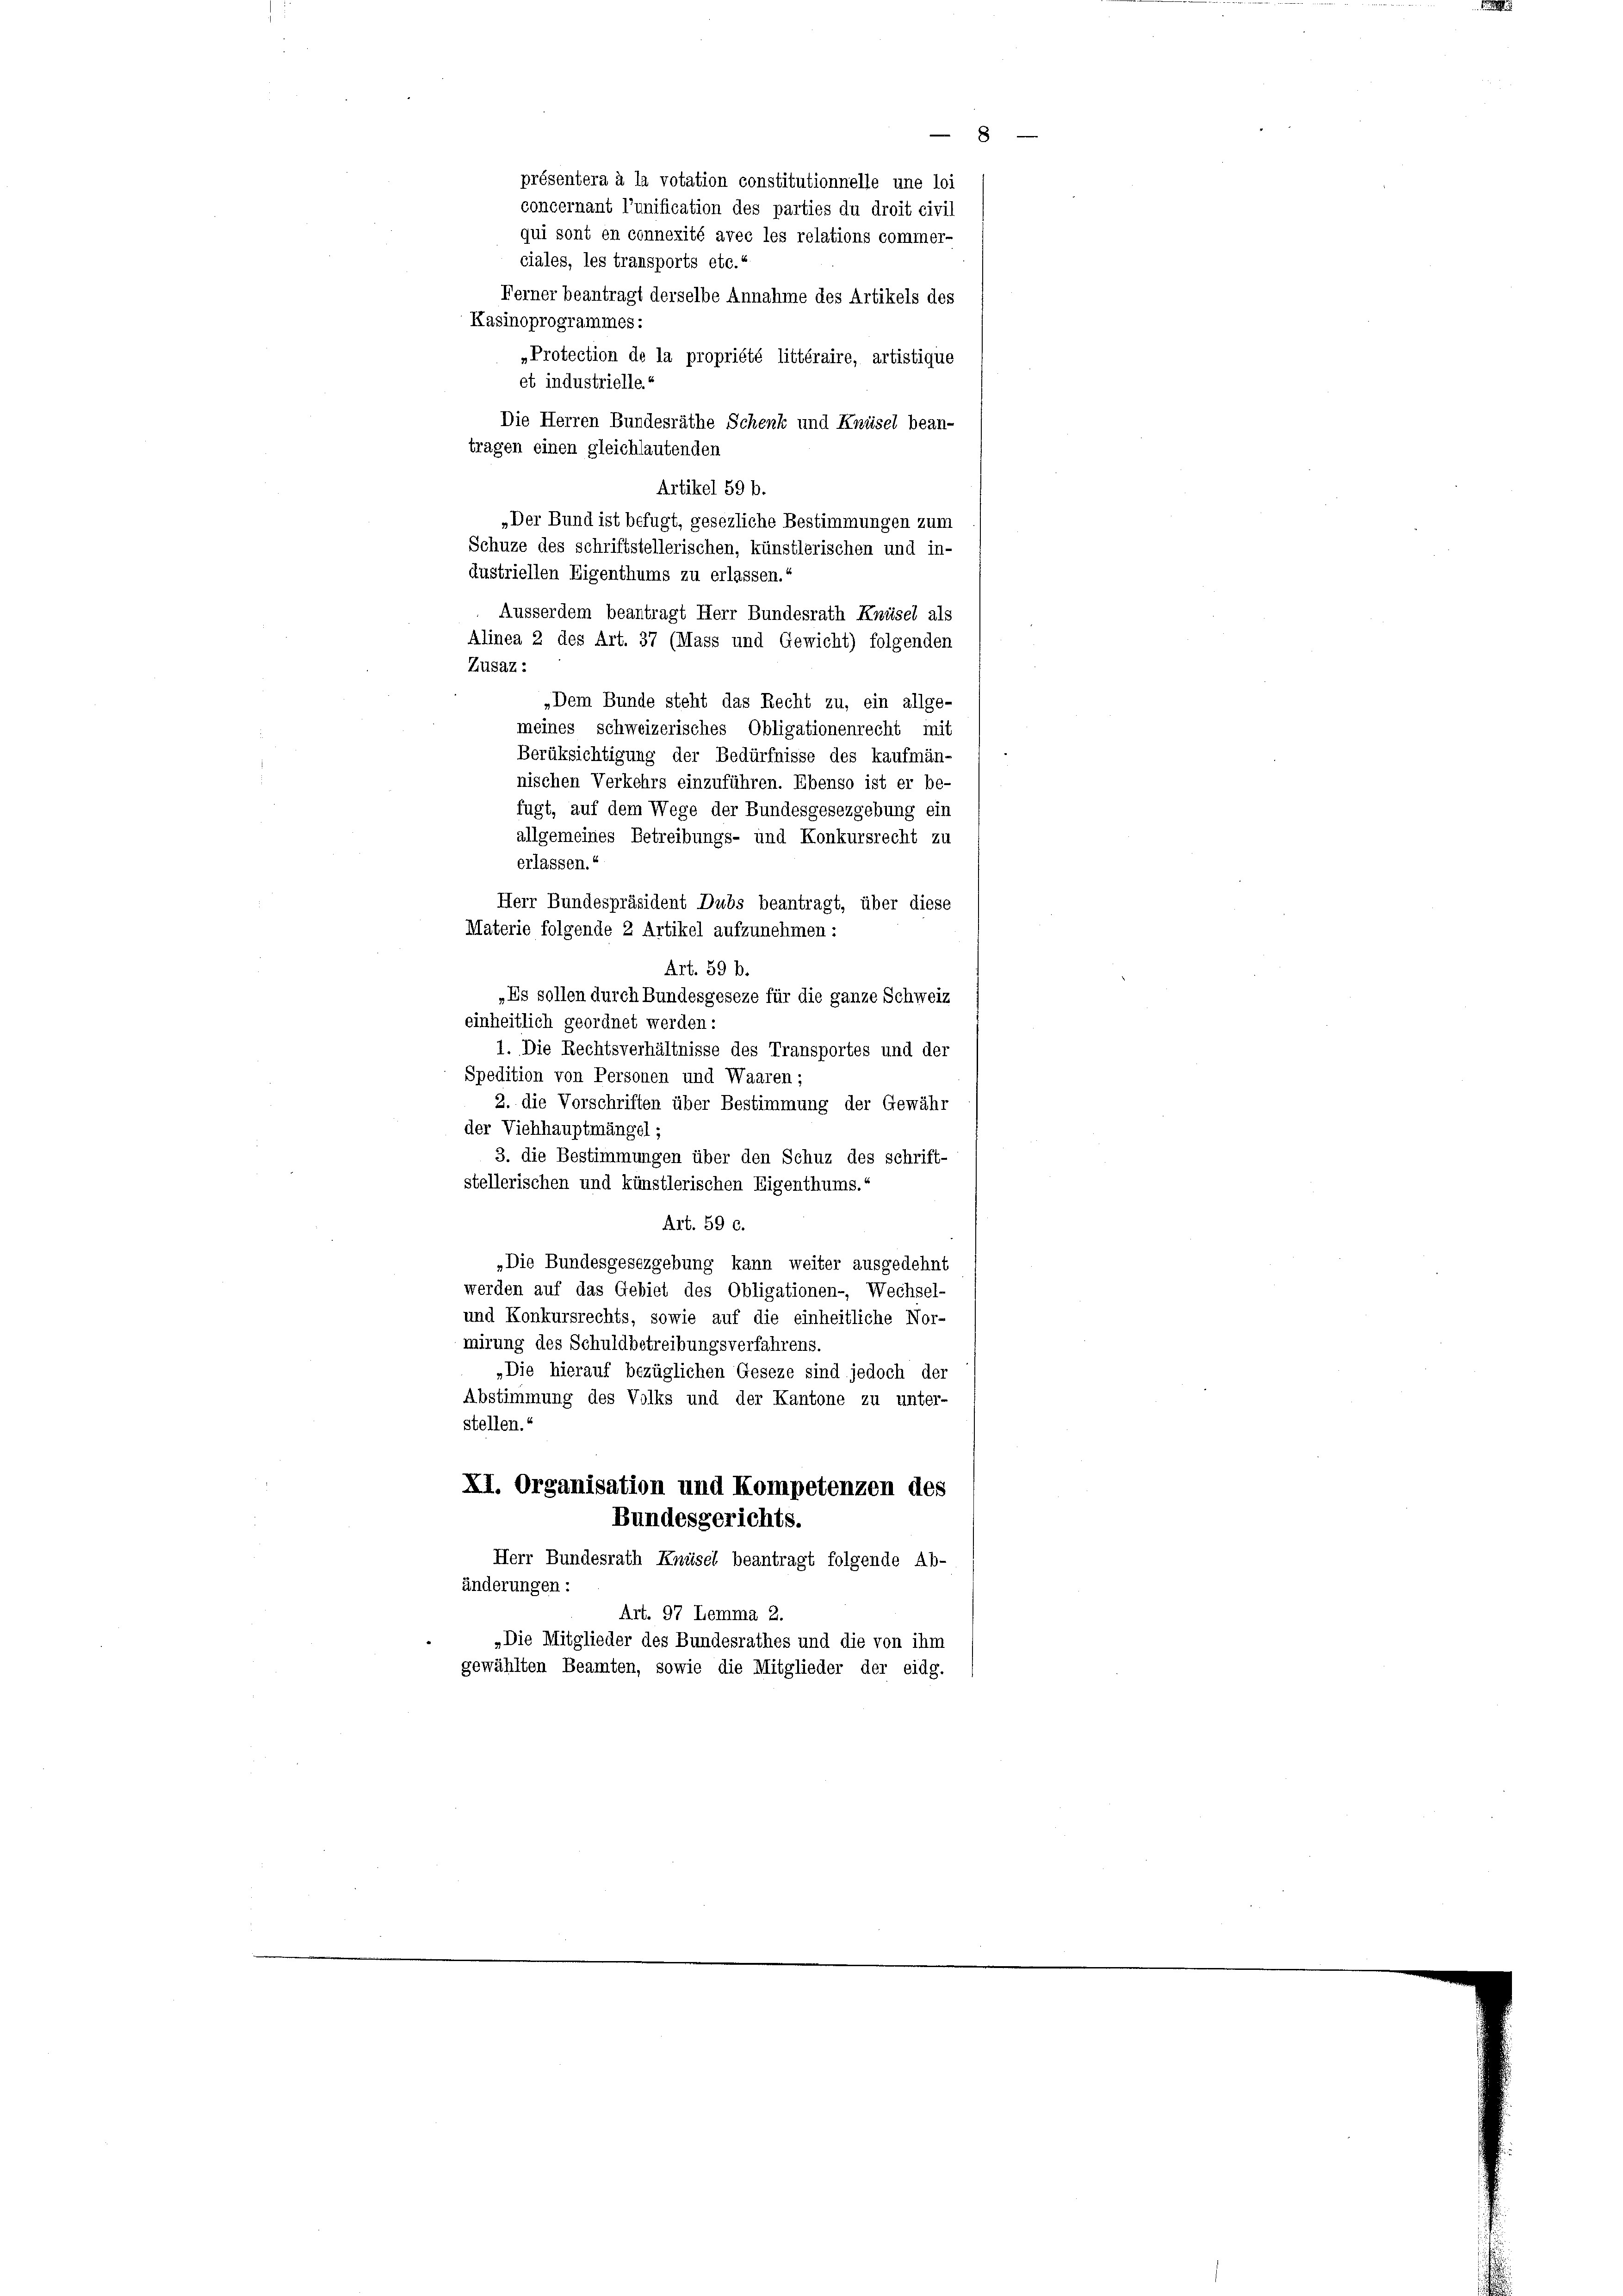
présentera à la votation constitutionnelle une loi
concernant l’unification des parties du droit civil
qui sont en connexité avec les relations commer-
ciales, les transports etc.“
Ferner beantragt derselbe Annahme des Artikels des
Kasinoprogrammes :
»Protection de la propriété littéraire, artistique
et industrielle.“
Die Herren Bundesräthe Schenk und Knüsel bean-
tragen einen gleichlautenden
Zusaz:
Art. 59 b.
„Es sollen durch Bundesgeseze für die ganze Schweiz
einheitlich geordnet werden:
1. Die Rechtsverhältnisse des Transportes und der
Spedition von Personen und Waaren;
2. die Vorschriften über Bestimmung der Gewähr
der Viehhauptmängel;
3. die Bestimmungen über den Schuz des schrift-
stellerischen und künstlerischen Eigenthums.“
Art. 59 c.
„Die Bundesgesezgebung kann weiter ausgedehnt
werden auf das Gebiet des Obligationen-, Wechsel-
und Konkursrechts, sowie auf die einheitliche Nor-
mirung des Schuldbetreibungsverfahrens.
„Die hierauf bezüglichen Geseze sind jedoch der
Abstimmung des Volks und der Kantone zu unter-
stellen.
XI. Organisation und Kompetenzen des
Bundesgerichts.
Herr Bundesrath Knüsel beantragt folgende Ab-
änderungen:
Art. 97 Lemma 2.
„Die Mitglieder des Bundesrathes und die von ihm
gewählten Beamten, sowie die Mitglieder der eidg.

Artikel 59 b.
„Der Bund ist befugt, gesezliche Bestimmungen zum
Schuze des schriftstellerischen, künstlerischen und in-
Austriellen Eigenthums zu erlassen.“
Ausserdem beantragt Herr Bundesrath Knüsel als
Alinea 2 des Art. 37 (Mass und Gewicht) folgenden
„Dem Bunde steht das Recht zu, ein allge-
meines schweizerisches Obligationenrecht mit
Berüksichtigung der Bedürfnisse des kaufmän-
nischen Verkehrs einzuführen. Ebenso ist er be-
fugt, auf dem Wege der Bundesgesezgebung ein
allgemeines Betreibungs- und Konkursrecht zu
erlassen.
Herr Bundespräsident Dubs beantragt, über diese
Materie folgende 2 Artikel aufzunehmen:

8